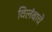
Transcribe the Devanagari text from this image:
विलंबाचे